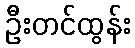
ဦးတင်ထွန်း